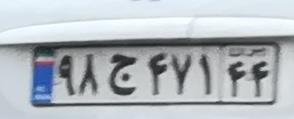
۹۸ج۴۷۱۴۴